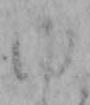
ゆ